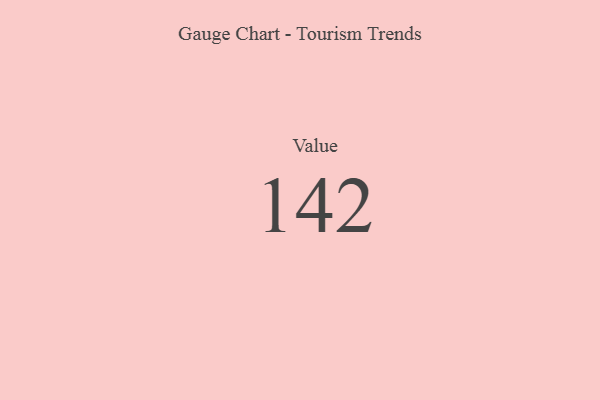
{"axis": {"x": "Metric", "y": "Value"}, "legend": [""], "data": [{"x": "Value", "y": 142, "type": ""}]}